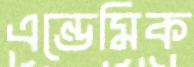
এন্ডেমিক